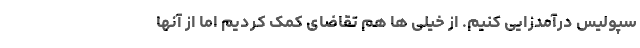
سپولیس درآمدزایی کنیم. از خیلی ها هم تقاضای کمک کردیم اما از آنها